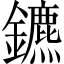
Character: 鑣